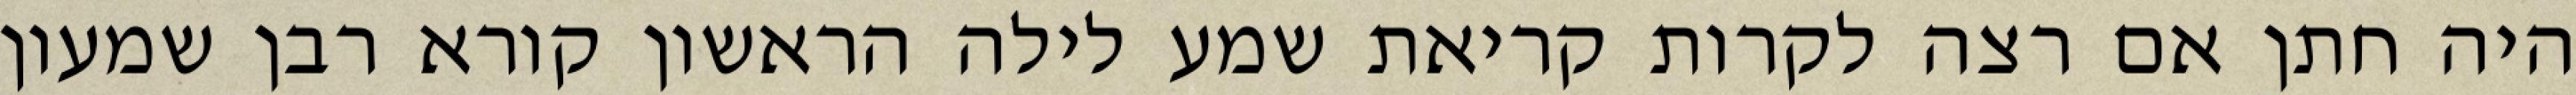
היה חתן אם רצה לקרות קריאת שמע לילה הראשון קורא רבן שמעון